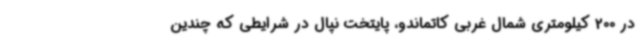
در 200 کیلومتری شمال غربی کاتماندو، پایتخت نپال در شرایطی که چندین